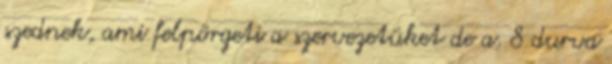
szednek, ami felpörgeti a szervezetüket de a. 8 durva